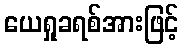
ယေရှုခရစ်အားဖြင့်